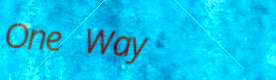
One Way